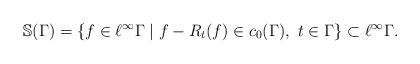
LaTeX: \begin{align*}\mathbb S(\Gamma) = \{ f \in \ell^\infty \Gamma \mid f - R_t(f) \in c_0(\Gamma), \ t \in \Gamma \} \subset \ell^\infty \Gamma.\end{align*}